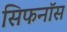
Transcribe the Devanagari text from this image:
सिफनॉस